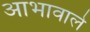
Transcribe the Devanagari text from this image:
आभावाले